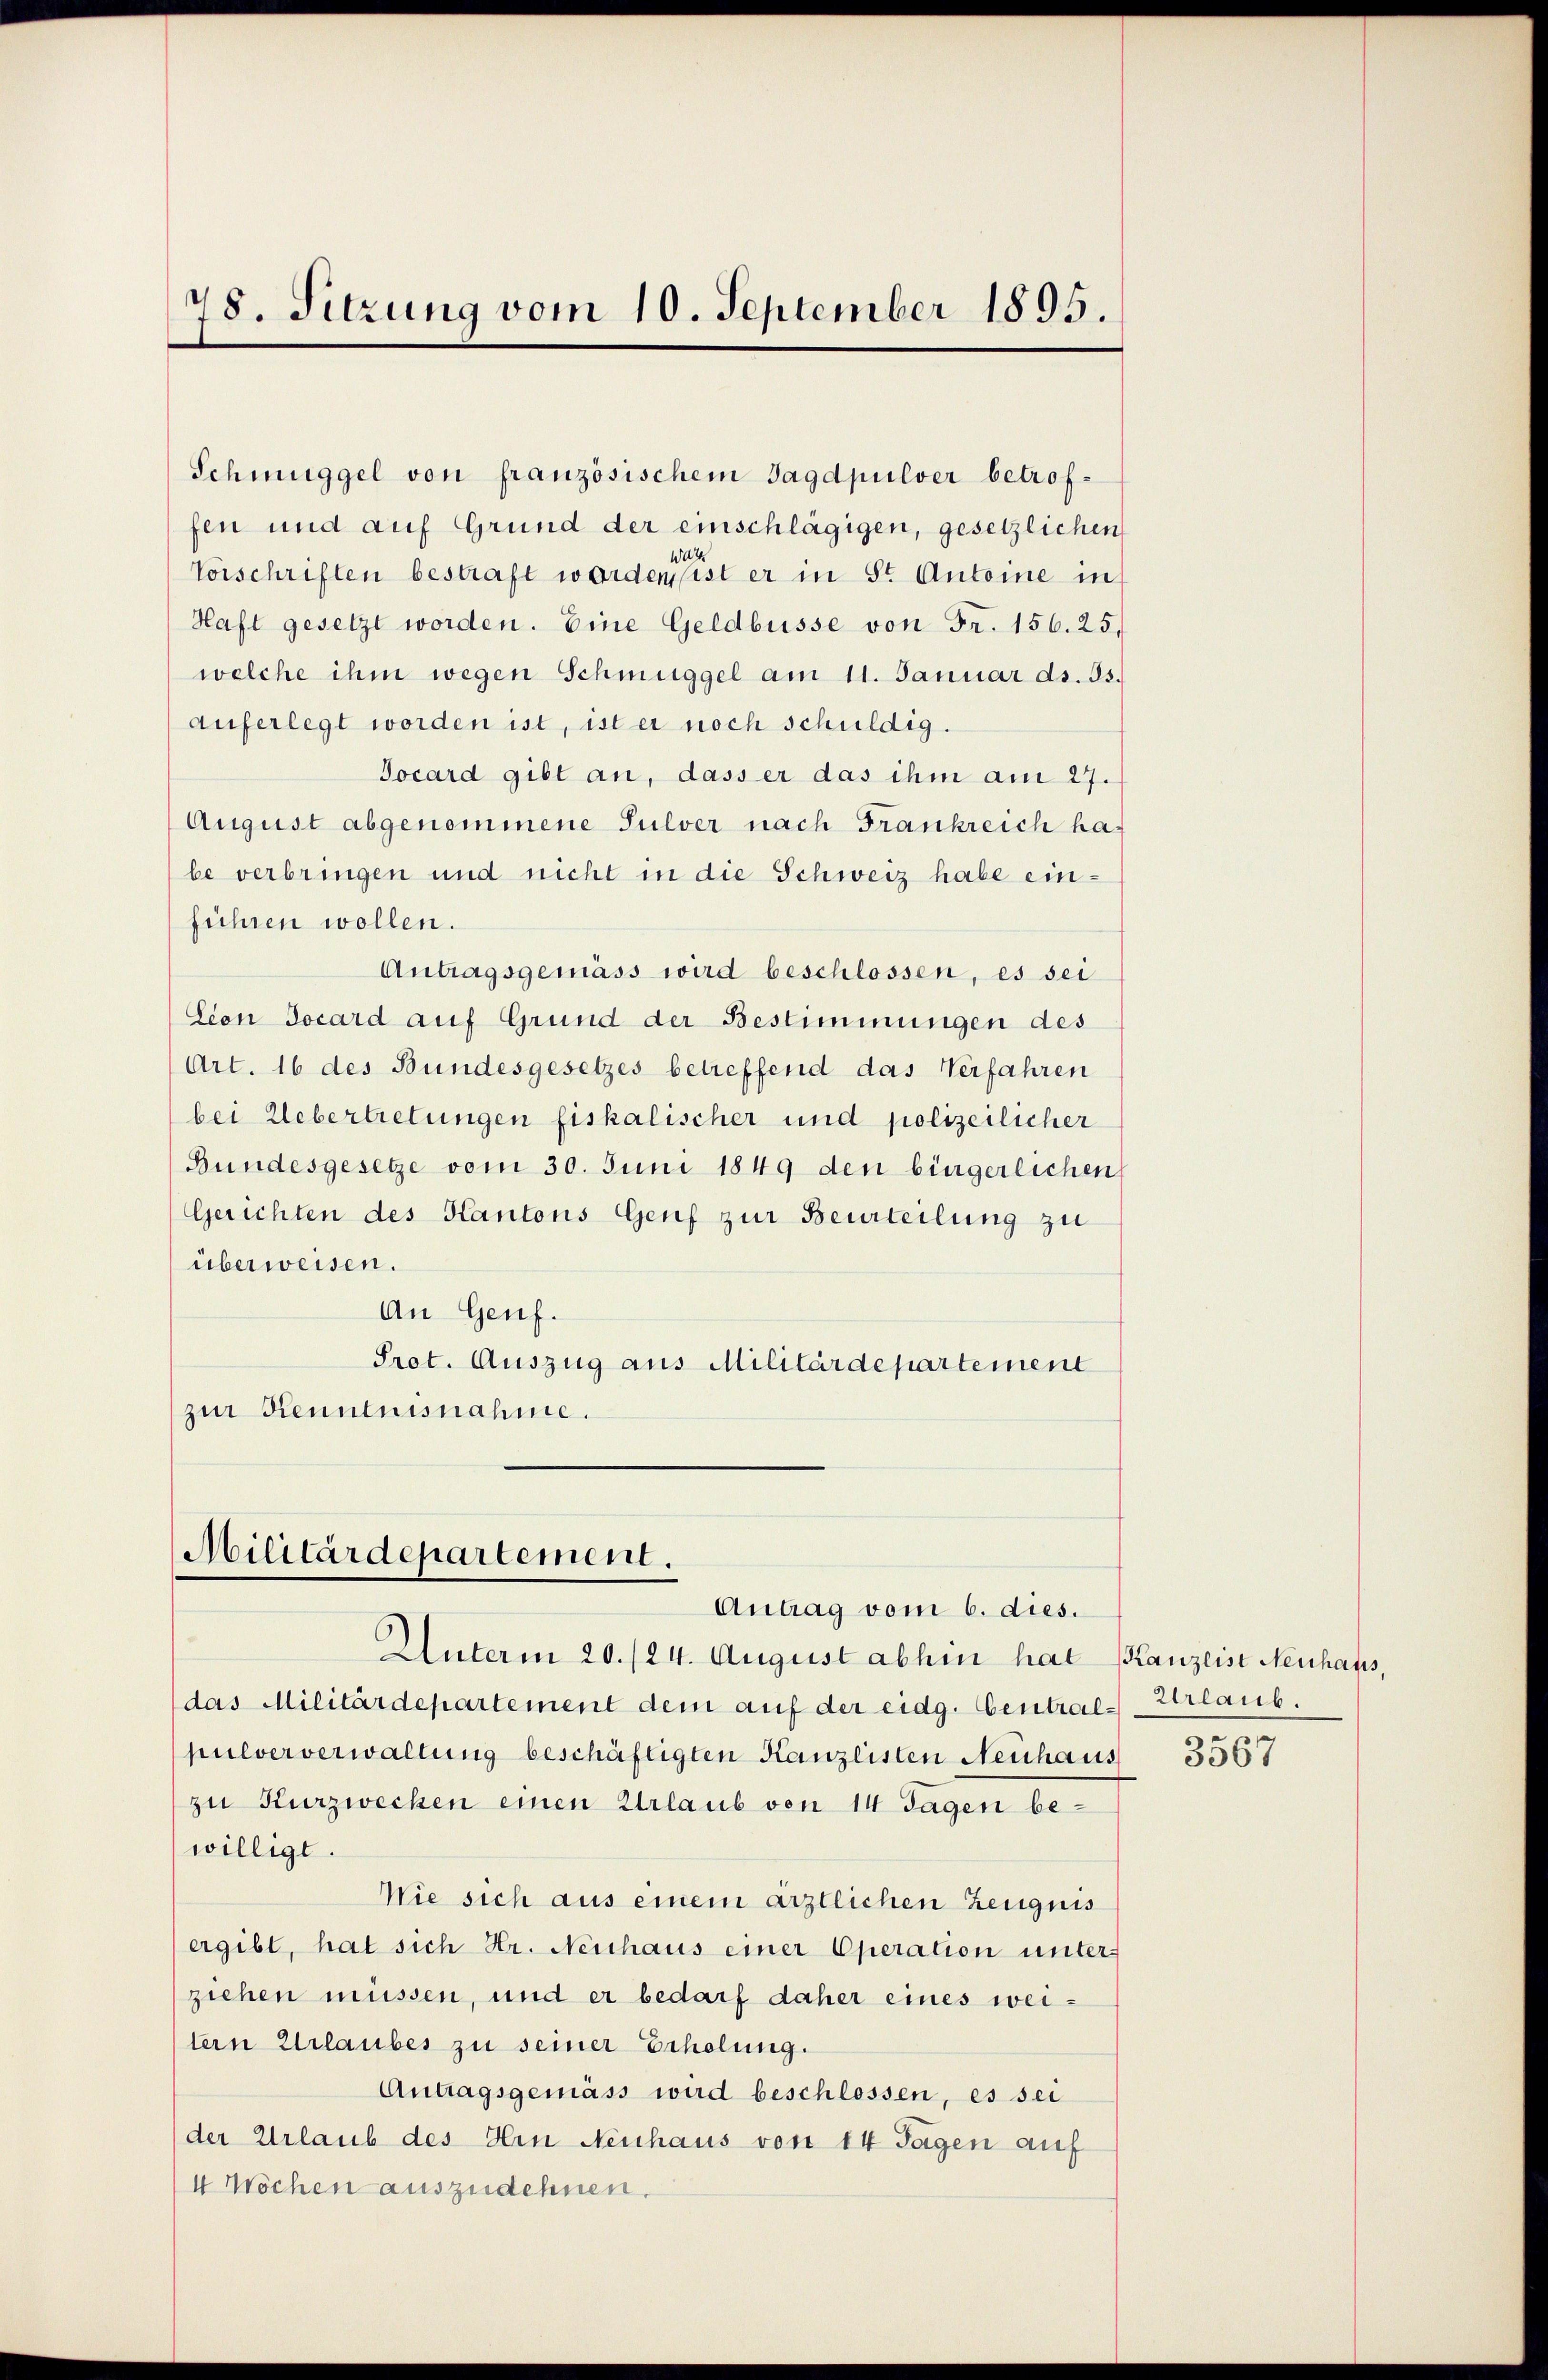
78. Sitzung vom 10. September 1895.

Schmuggel von französischem Jagdpulver betroffen und auf Grund der einschlägigen, gesetzlichen
4
Vorschriften bestraft worden ist er in St. Antone in
Haft gesetzt worden. Eine Geldbusse von Fr. 156. 25.
welche ihm wegen Schmuggel am 11. Januar ds. Js.
auferlegt worden ist, ist er noch schuldig.
Docard gibt an, dass er das ihm am 27.
August abgenommene Pulver nach Frankreich ha
be verbringen und nicht in die Schweiz habe einführen wollen.
Antragsgemäss wird beschlossen, es sei
Cion Socard auf Grund der Bestimmungen des
Art. 16 des Bundesgesetzes betreffend das Verfahren
bei Uebertretungen fiskalischer und polizeilicher
Bundesgesetze vom 30. Juni 1849 den bingerlichen
Gerichten des Kantons Genf zur Beurteilung zu
überweisen.
An Genf.
Prot. Auszug aus Militärdepartement
zur Kenntnisnahme.

Militärdepartement.
Antrag vom 6. dies.

Unterm 20./24. August abhin hat (Kanzlist Neuhaus,
das Militärdepartement dem auf der eidg. Central-Urlaub
pulververwaltung beschäftigten Kanzlisten Neuhaus
zu Kurzwecken einen Urlaub von 14 Tagen bewilligt.
Wie sich aus einem ärztlichen Zeugnis
ergibt, hat sich Hr. Neuhaus einer Operation unter-
ziehen müssen, und er bedarf daher eines weitern Urlaubes zu seiner Erholung.
Antragsgemäss wird beschlossen, es sei
der Urlaub des Hrn Neuhaus von 14 Tagen auf
4 Wochen auszudehnen.

3567